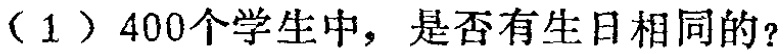
（1）400个学生中，是否有生日相同的？